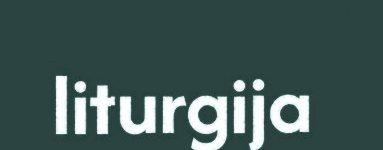
liturgija